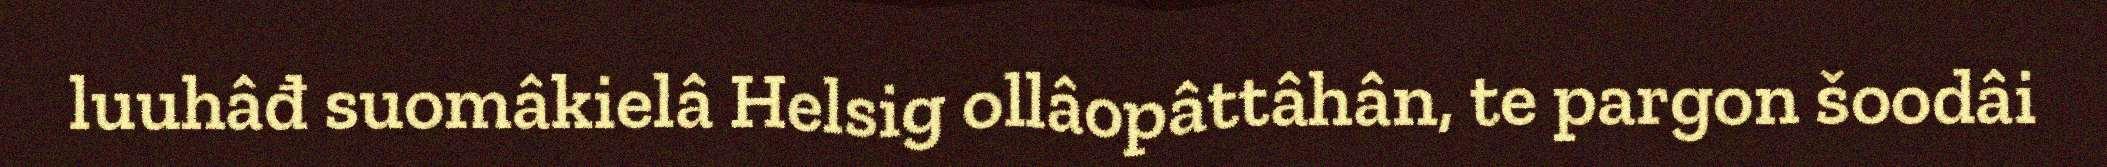
luuhâđ suomâkielâ Helsig ollâopâttâhân, te pargon šoodâi